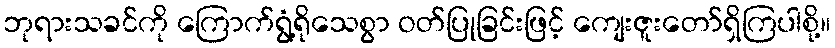
ဘုရားသခင်ကို ကြောက်ရွံ့ရိုသေစွာ ဝတ်ပြုခြင်းဖြင့် ကျေးဇူးတော်ရှိကြပါစို့။